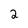
Character: 2